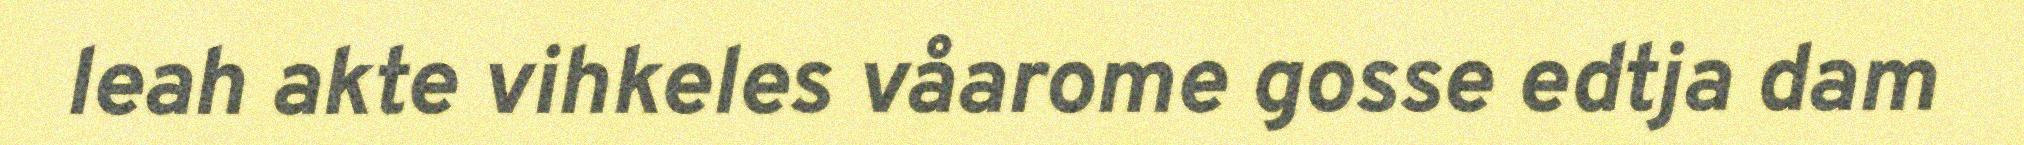
leah akte vihkeles våarome gosse edtja dam